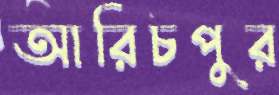
আরিচপুর